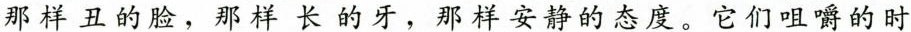
那样丑的脸，那样长的牙，那样安静的态度。它们咀嚼的时